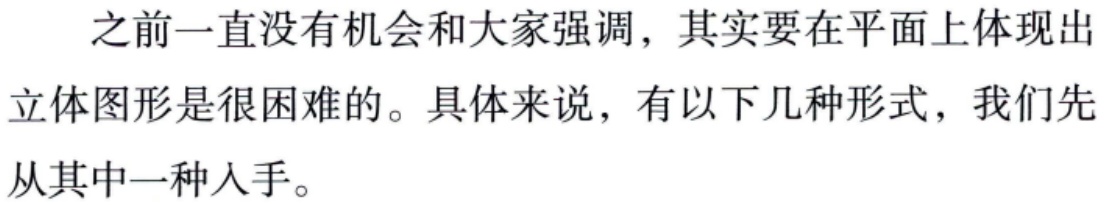
之前一直没有机会和大家强调，其实要在平面上体现出立体图形是很困难的。具体来说，有以下几种形式，我们先从其中一种入手。